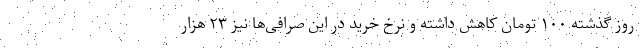
روز گذشته ۱۰۰ تومان کاهش داشته و نرخ خرید در این صرافی‌ها نیز ۲۳ هزار